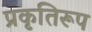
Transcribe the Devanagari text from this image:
प्रकृतिरूप